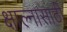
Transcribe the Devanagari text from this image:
क्षाल्नासाठी